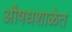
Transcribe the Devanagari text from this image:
औषधशाळेत